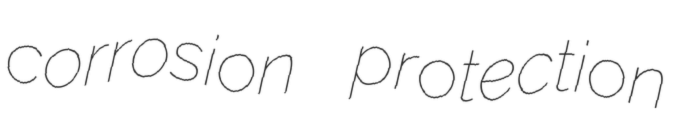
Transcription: corrosion protection